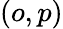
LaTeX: (o,p)